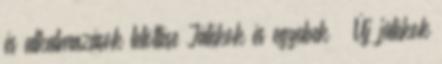
és alkalmazások letöltése Játékok és egyebek → Új játékok